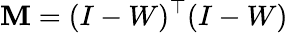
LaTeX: \mathbf{M}=(I-W)^{\top}(I-W)